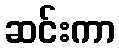
ဆင်းကာ